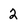
Character: 2